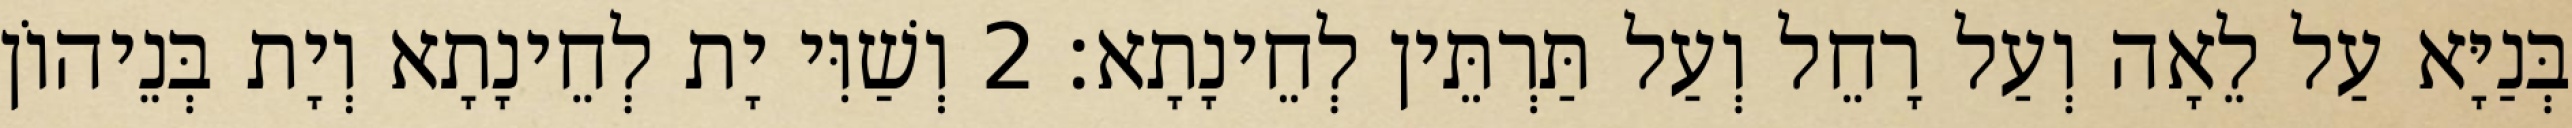
בְּנַיָּא עַל לֵאָה וְעַל רָחֵל וְעַל תַּרְתֵּין לְחֵינָתָא׃ 2 וְשַׁוִּי יָת לְחֵינָתָא וְיָת בְּנֵיהוֹן